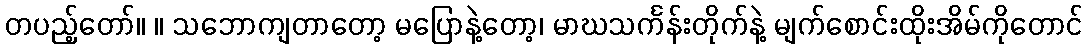
တပည့်တော်။ ။ သဘောကျတာတော့ မပြောနဲ့တော့၊ မာဃသင်္ကန်းတိုက်နဲ့ မျက်စောင်းထိုးအိမ်ကိုတောင်